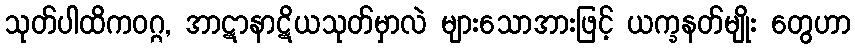
သုတ်ပါထိကဝဂ္ဂ, အာဋာနာဋိယသုတ်မှာလဲ များသောအားဖြင့် ယက္ခနတ်မျိုး တွေဟာ